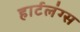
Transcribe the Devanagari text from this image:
हार्टलंग्स